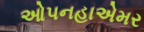
ઓપનહાએમર